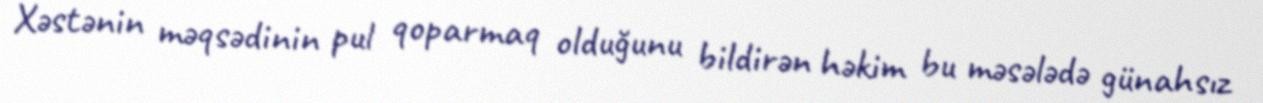
Xəstənin məqsədinin pul qoparmaq olduğunu bildirən həkim bu məsələdə günahsız